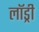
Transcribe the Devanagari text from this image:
लाॅड्री